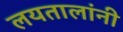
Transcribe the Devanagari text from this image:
लयतालांनी